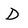
Character: D